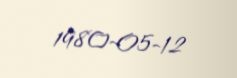
1980-05-12